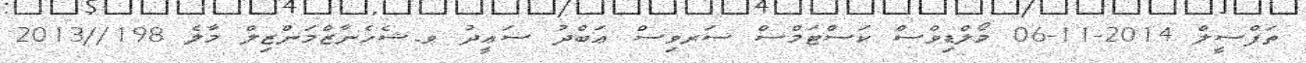
ތަފްސީލް 2014-11-06 މޯލްޑިވްސް ކަސްޓަމްސް ސަރވިސް ޢަބްދު ސަޢީދު ވ.ޝެހެނާޒްމަންޒިލް މާލެ 198//2013